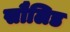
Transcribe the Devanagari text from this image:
सौलिड